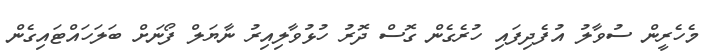
މެހެރީން ސުވާލު އުފެދިފައި ހުރެގެން ގޮސް ދޮރު ހުޅުވާލިއިރު ނާޔަލް ފޯނަށް ބަލަހައްޓައިގެން